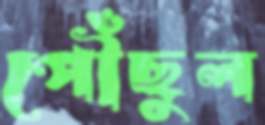
পৌঁছুল